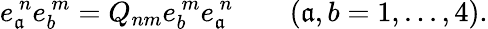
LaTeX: e_{\mathfrak{a}}^{\ n}e_{b}^{\ m}=Q_{nm}e_{b}^{\ m}e_{\mathfrak{a}}^{\ n}\qquad(\mathfrak{a},b=1,...,4).